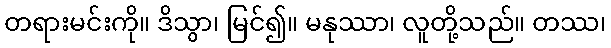
တရားမင်းကို။ ဒိသွာ၊ မြင်၍။ မနုဿာ၊ လူတို့သည်။ တဿ၊